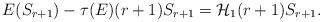
LaTeX: \begin{align*} E(S_{r+1})-\tau(E)(r+1)S_{r+1}=\mathcal{H}_{1}(r+1)S_{r+1}. \end{align*}